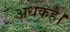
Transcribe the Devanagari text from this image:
अधकहै।